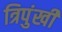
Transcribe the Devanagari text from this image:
त्रिपुंखी